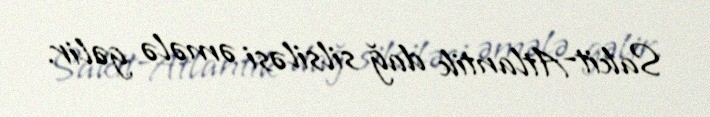
Sakit-Atlantik dağ silsiləsi əmələ gəlir.